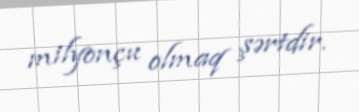
milyonçu olmaq şərtdir.